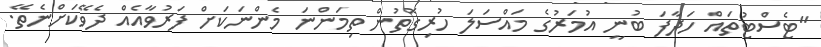
"ޓެސްޓުތައް ހަދާފަ ބުނީ އުމަރުގެ މައްސަލަ ހުރިގޮތުން ތިމަންނަ މެންނަކަށް ފަރުވާއެއް ދެވޭކަށްނެތޭ.